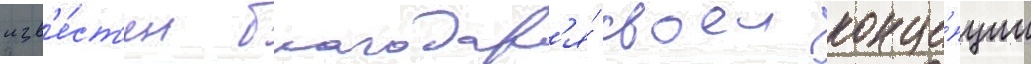
изв'е́ст'ен благодар'я́ своеи конце́пции